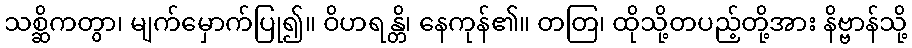
သစ္ဆိကတွာ၊ မျက်မှောက်ပြု၍။ ဝိဟရန္တိ၊ နေကုန်၏။ တတြ၊ ထိုသို့တပည့်တို့အား နိဗ္ဗာန်သို့